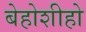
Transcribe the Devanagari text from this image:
बेहोशीहो